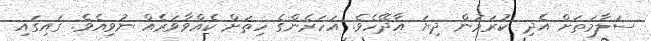
ސަލާމަތަށް އެދި ކުރަމުން ދިޔަ އާދޭހެވެ. އަހަރެންގެ ހިތަށް ކެއްވާވަރެއް ނުވިއެވެ. ގައިގައި